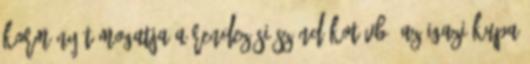
kormány támogatja a rendezési szándékot Vb: Az igazi kupa